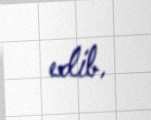
edib.